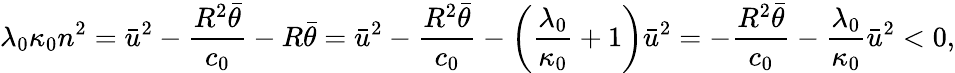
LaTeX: \lambda_{0}\kappa_{0}n^{2}=\bar{u}^{2}-\frac{R^{2}\bar{\theta}}{c_{0}}-R\bar{\theta}=\bar{u}^{2}-\frac{R^{2}\bar{\theta}}{c_{0}}-\left(\frac{\lambda_{0}}{\kappa_{0}}+1\right)\bar{u}^{2}=-\frac{R^{2}\bar{\theta}}{c_{0}}-\frac{\lambda_{0}}{\kappa_{0}}\bar{u}^{2}<0,